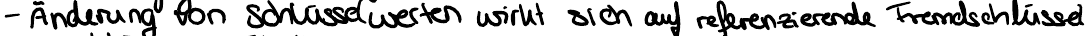
- Änderung von Schlüsselwerten wirkt sich auf referenzierende Fremschlüssel